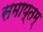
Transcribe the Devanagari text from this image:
समाप्तम्‌